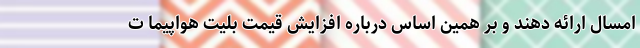
امسال ارائه دهند و بر همین اساس درباره افزایش قیمت بلیت هواپیما ت